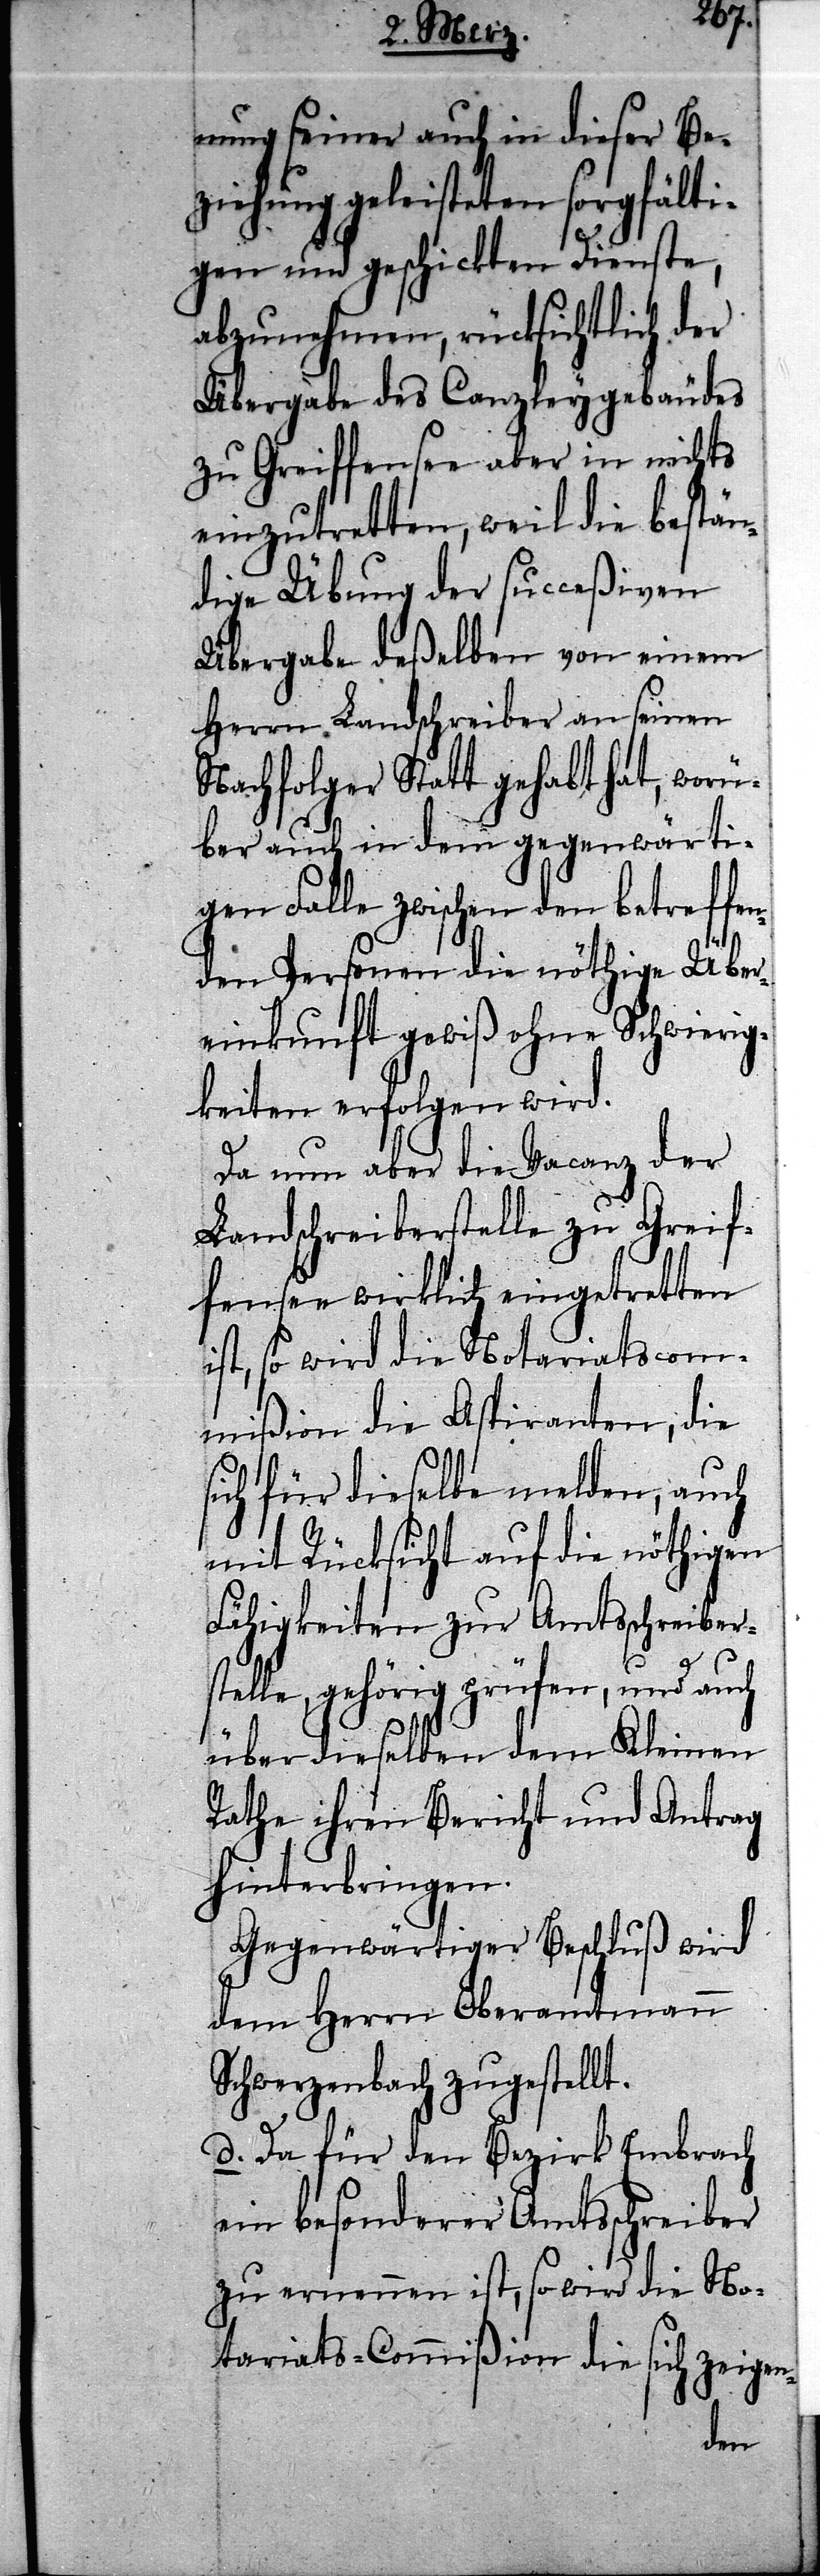
nung seiner auch in dieser Be¬
ziehung geleisteten sorgfälti¬
gen und geschickten Dienste,
abzunehmen, rücksichtlich der
Übergabe des Canzleygebäudes
zu Greiffensee aber in nichts
einzutretten, weil die bestän¬
dige Übung der succeßiven
Übergabe deßelben von einem
Herrn Landschreiber an seinen
Nachfolger Statt gehabt hat, worü¬
ber auch in dem gegenwärti¬
gen Falle zwischen den betreffe¬
nden Personen die nöthige Über¬
einkunft gewiß ohne Schwierig¬
keiten erfolgen wird.
Da nun aber die Vacanz der
Landschreiberstelle zu Greif¬
fensee wirklich eingetretten
ist, so wird die Notariatscom¬
mißion die Aspiranten, die
sich für dieselbe melden, auch
mit Rücksicht auf die nöthigen
Fähigkeiten zur Amtsschreiber¬
stelle, gehörig prüfen, und auch
über dieselben dem Kleinen
Rathe ihren Bericht und Antrag
hinterbringen.
Gegenwärtiger Beschluß wird
dem Herrn Oberamtmann
Schwerzenbach zugestellt.
d. Da für den Bezirk Embrach
ein besonderer Amtsschreiber
zu ernennen ist, so wird die No¬
tariats-Commißion die sich zeigen-